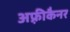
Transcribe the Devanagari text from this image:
अफ़्रीकैनर